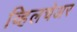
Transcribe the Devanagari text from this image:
व्हिलचेअर